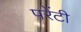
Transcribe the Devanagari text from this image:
परेंटी